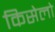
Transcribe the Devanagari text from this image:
किसेलो